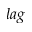
l a g